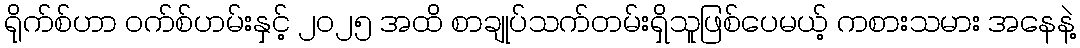
ရိုက်စ်ဟာ ဝက်စ်ဟမ်းနှင့် ၂၀၂၅ အထိ စာချုပ်သက်တမ်းရှိသူဖြစ်ပေမယ့် ကစားသမား အနေနဲ့